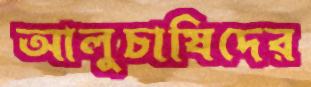
আলুচাষিদের